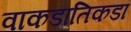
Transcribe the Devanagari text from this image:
वाकडातिकडा